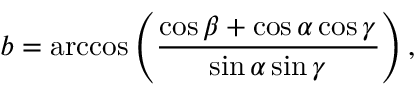
b = \operatorname { a r c c o s } \left( { \frac { \cos \beta + \cos \alpha \cos \gamma } { \sin \alpha \sin \gamma } } \right) ,